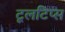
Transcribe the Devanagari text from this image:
टूलटिप्स